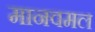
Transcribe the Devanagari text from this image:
मानवमल